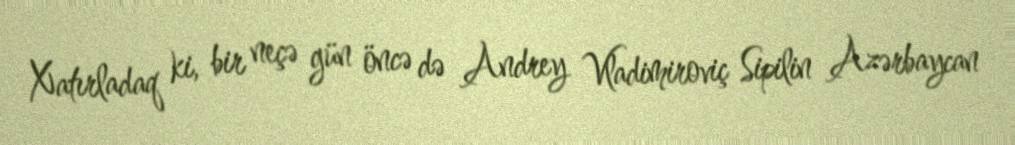
Xatırladaq ki, bir neçə gün öncə də Andrey Vladimiroviç Sipilin Azərbaycan